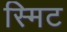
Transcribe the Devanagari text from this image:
स्मिट